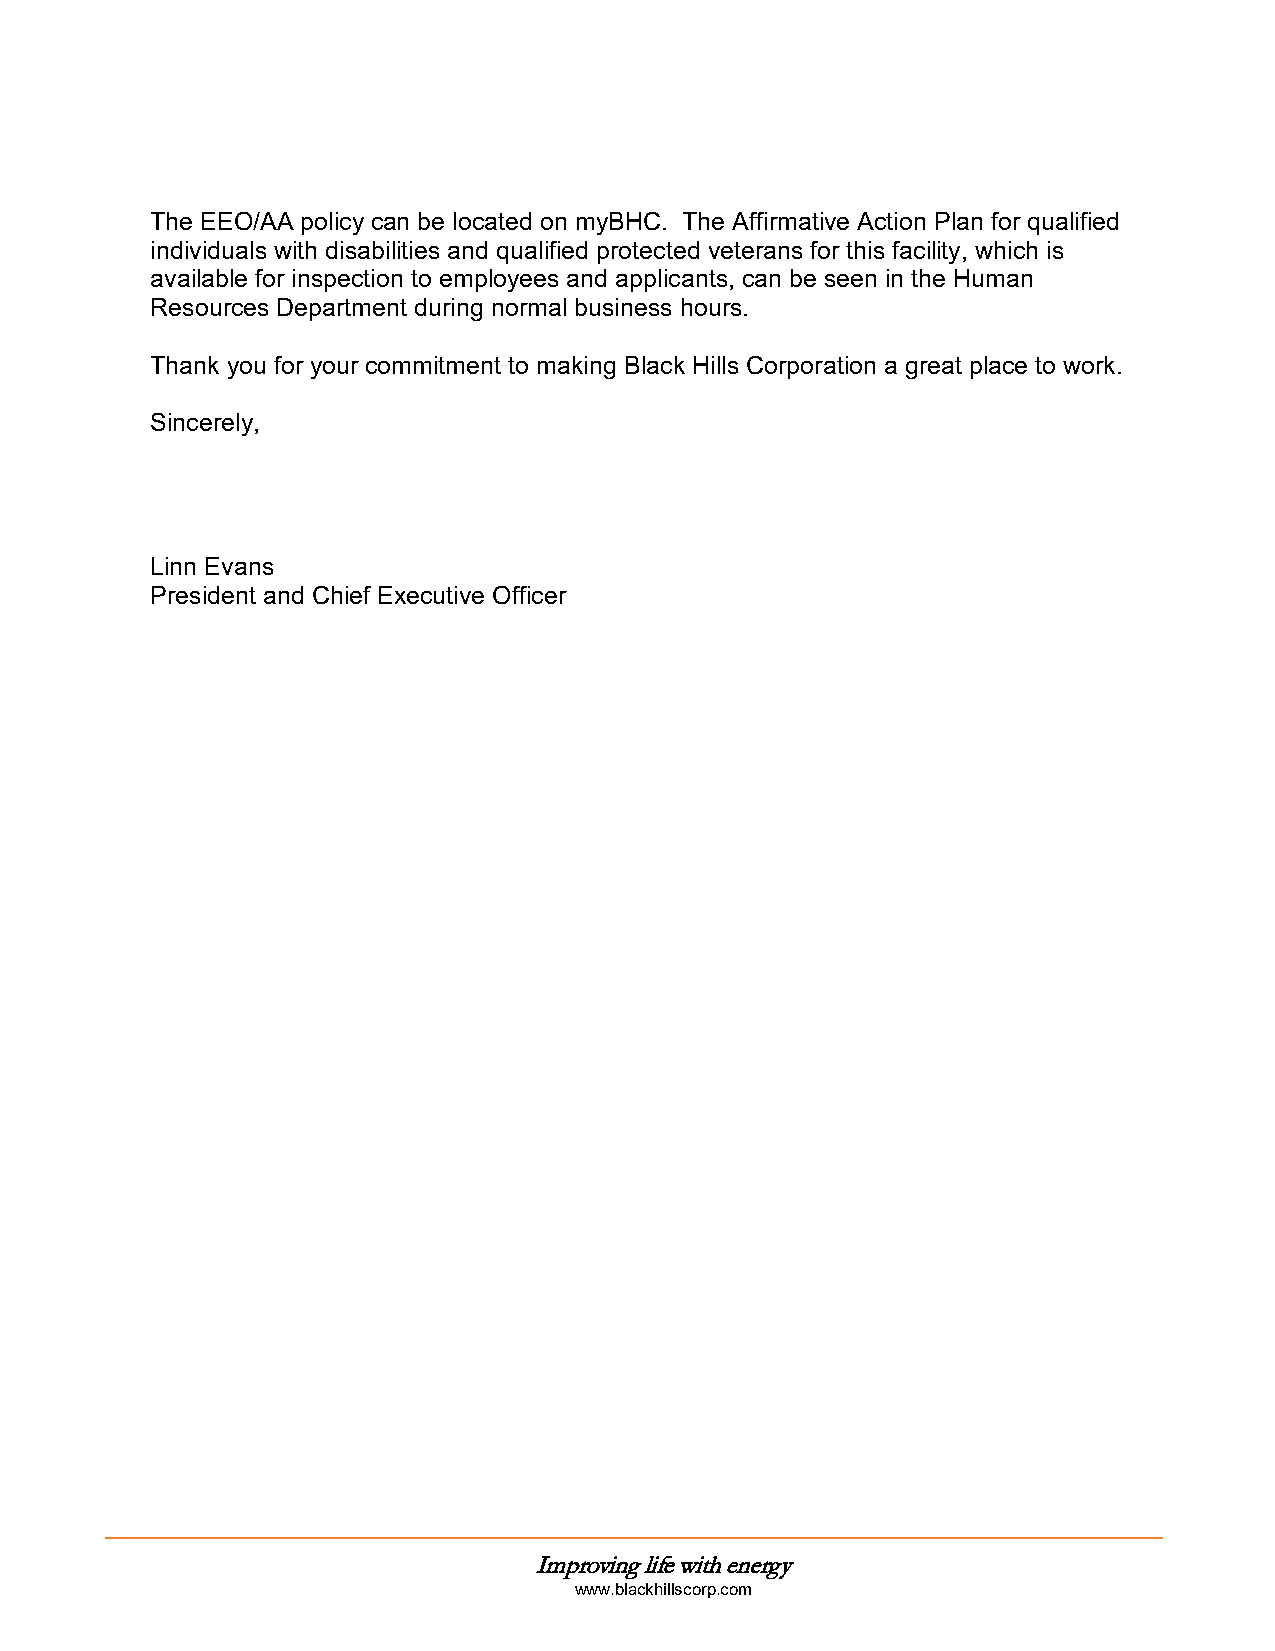
The EEO/AA policy can be located on myBHC. The Affirmative Action Plan for qualified
 individuals with disabilities and qualified protected veterans for this facility, which is
 available for inspection to employees and applicants, can be seen in the Human
 Resources Department during normal business hours.
 Thank you for your commitment to making Black Hills Corporation a great place to work.
 Sincerely,
 Linn Evans
 President and Chief Executive Officer
 Improving life with energy
 www.blackhillscorp.com